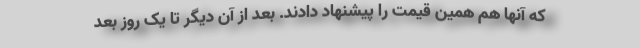
که آنها هم همین قیمت را پیشنهاد دادند. بعد از آن دیگر تا یک روز بعد